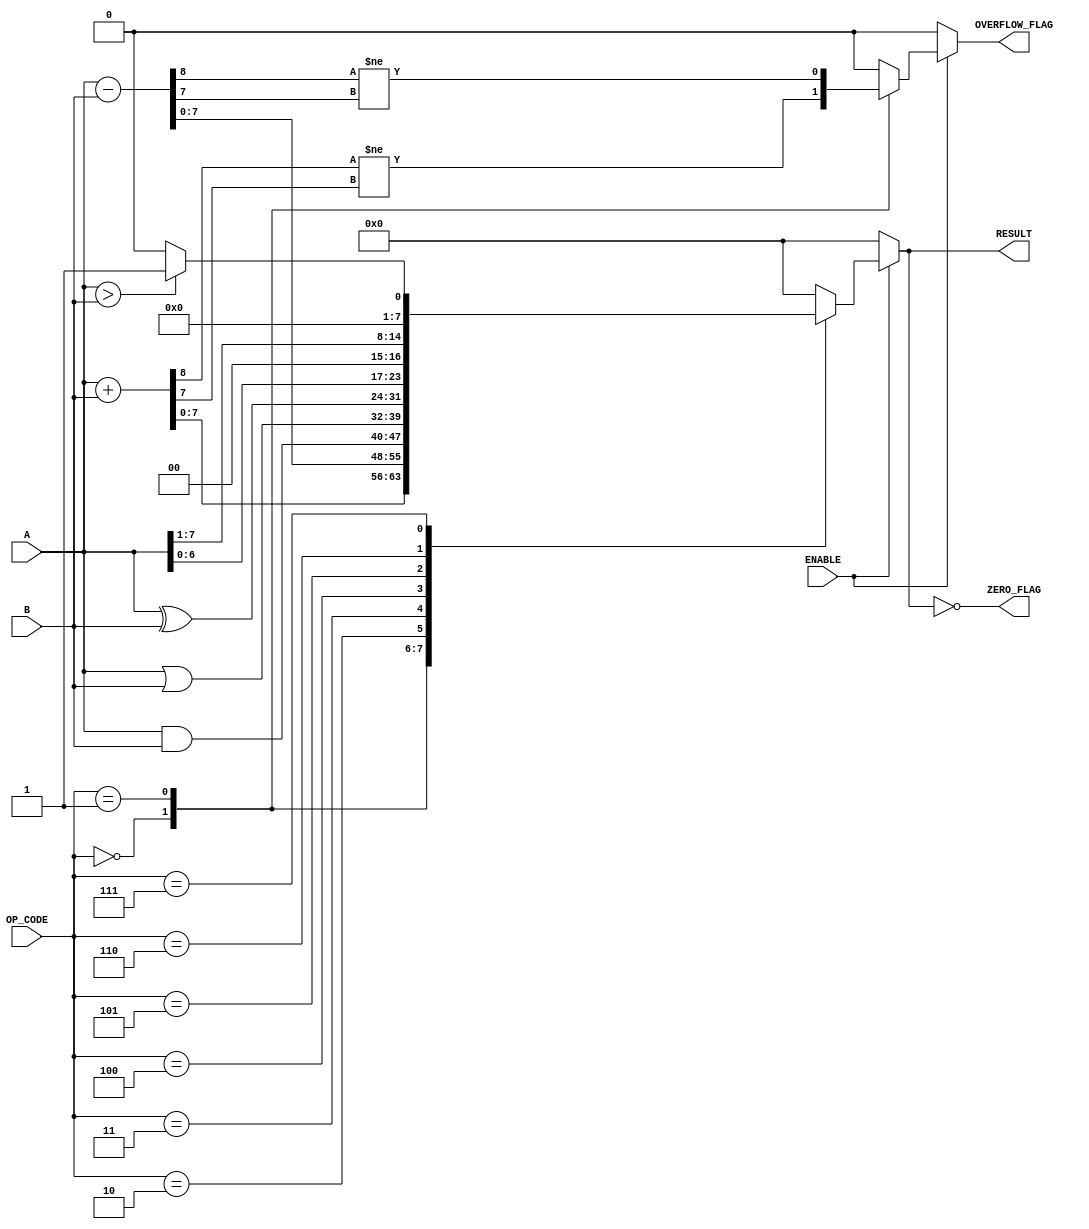
module ParameterizedALU #(
    parameter DATA_WIDTH = 8,          // Width of the data
    parameter OPERATION_COUNT = 8       // Number of operations
)(
    input  wire [DATA_WIDTH-1:0] A,    // First operand
    input  wire [DATA_WIDTH-1:0] B,    // Second operand
    input  wire [OPERATION_COUNT-1:0] OP_CODE, // Operation code
    input  wire ENABLE,                 // Enable signal
    output reg [DATA_WIDTH-1:0] RESULT, // Result of the operation
    output reg ZERO_FLAG,               // Zero flag
    output reg OVERFLOW_FLAG             // Overflow flag
);

    // Internal signals
    reg [DATA_WIDTH:0] temp_result; // For overflow detection

    always @(*) begin
        if (ENABLE) begin
            case (OP_CODE)
                0: begin // Addition
                    temp_result = A + B;
                    RESULT = temp_result[DATA_WIDTH-1:0];
                    OVERFLOW_FLAG = (temp_result[DATA_WIDTH] != temp_result[DATA_WIDTH-1]);
                end
                1: begin // Subtraction
                    temp_result = A - B;
                    RESULT = temp_result[DATA_WIDTH-1:0];
                    OVERFLOW_FLAG = (temp_result[DATA_WIDTH] != temp_result[DATA_WIDTH-1]);
                end
                2: begin // Bitwise AND
                    RESULT = A & B;
                    OVERFLOW_FLAG = 1'b0; // No overflow for logical operations
                end
                3: begin // Bitwise OR
                    RESULT = A | B;
                    OVERFLOW_FLAG = 1'b0; // No overflow for logical operations
                end
                4: begin // Bitwise XOR
                    RESULT = A ^ B;
                    OVERFLOW_FLAG = 1'b0; // No overflow for logical operations
                end
                5: begin // Shift left
                    RESULT = A << 1;
                    OVERFLOW_FLAG = 1'b0; // No overflow for shift operations
                end
                6: begin // Shift right
                    RESULT = A >> 1;
                    OVERFLOW_FLAG = 1'b0; // No overflow for shift operations
                end
                7: begin // Comparison (greater than)
                    RESULT = (A > B) ? 1 : 0;
                    OVERFLOW_FLAG = 1'b0; // No overflow for comparison
                end
                default: begin
                    RESULT = {DATA_WIDTH{1'b0}}; // Default case
                    OVERFLOW_FLAG = 1'b0;
                end
            endcase
        end else begin
            RESULT = {DATA_WIDTH{1'b0}}; // Default output when not enabled
            OVERFLOW_FLAG = 1'b0;
        end

        // Set the ZERO_FLAG
        ZERO_FLAG = (RESULT == {DATA_WIDTH{1'b0}});
    end

endmodule